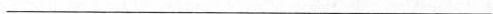
___